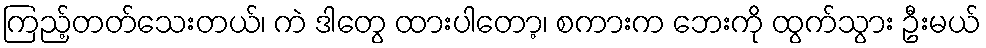
ကြည့်တတ်သေးတယ်၊ ကဲ ဒါတွေ ထားပါတော့၊ စကားက ဘေးကို ထွက်သွား ဦးမယ်